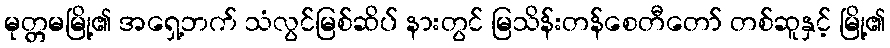
မုတ္တမမြို့၏ အရှေ့ဘက် သံလွင်မြစ်ဆိပ် နားတွင် မြသိန်းတန်စေတီတော် တစ်ဆူနှင့် မြို့၏